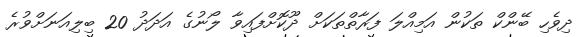
ދިވެހި ބޭންކް ތަކުން އަމިއްލަ ފަރާތްތަކަށް ދޫކޮށްފައިވާ ލޯނުގެ އަދަދު 20 ބިލިއަނަށްވުރެ